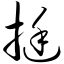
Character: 挺